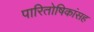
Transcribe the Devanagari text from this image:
पारितोषिकांसह